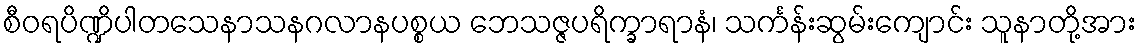
စီဝရပိဏ္ဍိပါတသေနာသနဂလာနပစ္စယ ဘေသဇ္ဇပရိက္ခာရာနံ၊ သင်္ကန်းဆွမ်းကျောင်း သူနာတို့အား